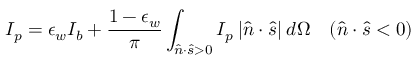
I _ { p } = \epsilon _ { w } I _ { b } + \frac { 1 - \epsilon _ { w } } { \pi } \int _ { \hat { n } \cdot \hat { s } > 0 } I _ { p } \: | \hat { n } \cdot \hat { s } | \: d \Omega \quad ( \hat { n } \cdot \hat { s } < 0 )